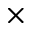
\times